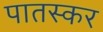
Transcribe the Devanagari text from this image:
पातस्कर